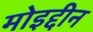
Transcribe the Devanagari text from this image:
मोइद्दीन